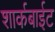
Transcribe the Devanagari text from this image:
शार्कबाईट